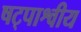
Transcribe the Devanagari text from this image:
षट्पाश्वीय